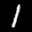
Label: 1